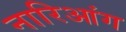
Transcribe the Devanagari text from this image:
नारिआंग